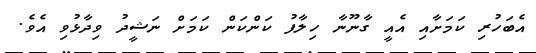
އެބަހުރި ކަމަށާއި އެއީ ގާނޫނާ ހިލާފު ކަންކަން ކަމަށް ނަޝީދު ވިދާޅުވި އެވެ.